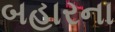
બહારના